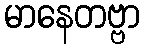
မာနေတဗ္ဗာ